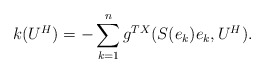
\begin{align*}k(U^H)=-\sum_{k=1}^ng^{TX}(S(e_k)e_k, U^H).\end{align*}